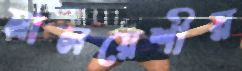
মালয়েশীয়